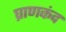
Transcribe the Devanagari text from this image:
घ्राणकंद